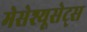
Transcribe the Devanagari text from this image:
मेसेश्यूसेट्स